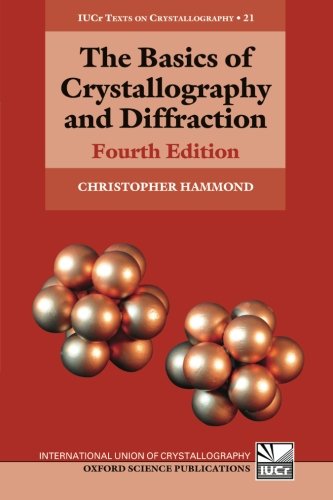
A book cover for The Basics of Crystallography and Diffraction: Fourth Edition (International Union of Crystallography Texts on Crystallography); Christopher Hammond; Science & Math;